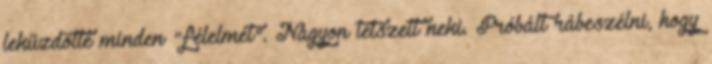
leküzdötte minden "félelmét". Nagyon tetszett neki. Próbált rábeszélni, hogy